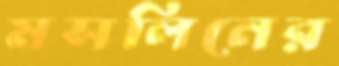
মসলিনের